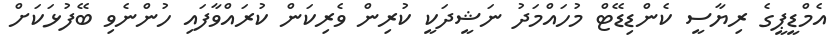
އެމްޑީޕީގެ ރިޔާސީ ކެންޑިޑޭޓް މުހައްމަދު ނަޝީދަކީ ކުރިން ވެރިކަން ކުރައްވާފައި ހުންނެވި ބޭފުޅަކަށް